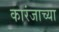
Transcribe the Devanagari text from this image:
कारंजाच्या